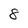
Character: 8